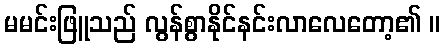
မမင်းဖြူသည် လွန်စွာနိုင်နင်းလာလေတော့၏ ။